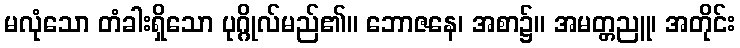
မလုံသော တံခါးရှိသော ပုဂ္ဂိုလ်မည်၏။ ဘောဇနေ၊ အစာ၌။ အမတ္တညူ၊ အတိုင်း